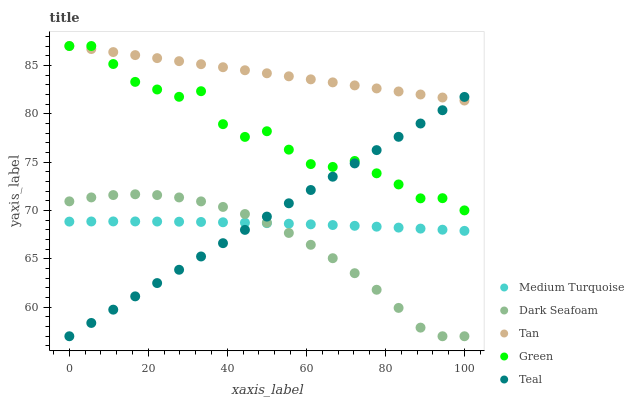
| xaxis_label | Medium Turquoise | Dark Seafoam | Tan | Green | Teal |
 | --- | --- | --- | --- | --- | --- |
 | 0 | 68.8 | 70.9 | 87 | 87 | 57 |
 | 5.56 | 68.9 | 71.4 | 86.7 | 87 | 58.4 |
 | 11.1 | 68.9 | 71.6 | 86.4 | 85.1 | 59.7 |
 | 16.7 | 68.9 | 71.7 | 86.1 | 83.3 | 61.1 |
 | 22.2 | 68.9 | 71.6 | 85.7 | 82.5 | 62.5 |
 | 27.8 | 68.8 | 71.3 | 85.4 | 81.7 | 63.9 |
 | 33.3 | 68.8 | 70.9 | 85.1 | 82.3 | 65.2 |
 | 38.9 | 68.8 | 70.4 | 84.8 | 78.9 | 66.6 |
 | 44.4 | 68.7 | 69.6 | 84.5 | 77.6 | 68 |
 | 50 | 68.7 | 68.7 | 84.2 | 78.2 | 69.4 |
 | 55.6 | 68.6 | 67.7 | 83.9 | 76.3 | 70.7 |
 | 61.1 | 68.6 | 66.5 | 83.6 | 74.8 | 72.1 |
 | 66.7 | 68.5 | 65.1 | 83.2 | 74.5 | 73.5 |
 | 72.2 | 68.4 | 63.5 | 82.9 | 75.1 | 74.9 |
 | 77.8 | 68.3 | 61.8 | 82.6 | 73.8 | 76.2 |
 | 83.3 | 68.2 | 59.9 | 82.3 | 72.7 | 77.6 |
 | 88.9 | 68.1 | 57.9 | 82 | 71.3 | 79 |
 | 94.4 | 68 | 57 | 81.7 | 71.3 | 80.4 |
 | 100 | 67.9 | 57 | 81.4 | 70 | 81.7 |